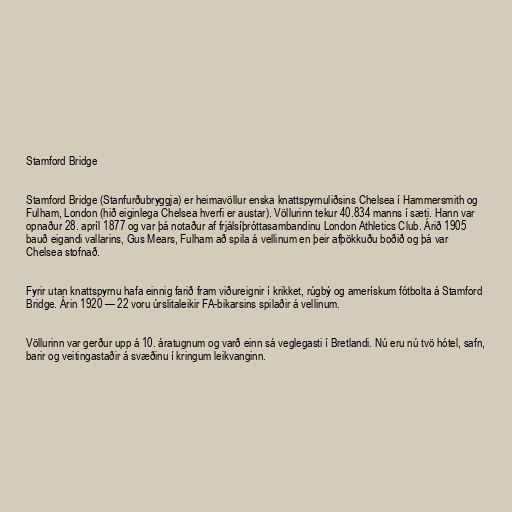
Stamford Bridge

Stamford Bridge (Stanfurðubryggja) er heimavöllur enska knattspyrnuliðsins Chelsea í Hammersmith og
Fulham, London (hið eiginlega Chelsea hverfi er austar). Völlurinn tekur 40.834 manns í sæti. Hann var
opnaður 28. apríl 1877 og var þá notaður af frjálsíþróttasambandinu London Athletics Club. Árið 1905
bauð eigandi vallarins, Gus Mears, Fulham að spila á vellinum en þeir afþökkuðu boðið og þá var
Chelsea stofnað.

Fyrir utan knattspyrnu hafa einnig farið fram viðureignir í krikket, rúgbý og amerískum fótbolta á Stamford
Bridge. Árin 1920 — 22 voru úrslitaleikir FA-bikarsins spilaðir á vellinum.

Völlurinn var gerður upp á 10. áratugnum og varð einn sá veglegasti í Bretlandi. Nú eru nú tvö hótel, safn,
barir og veitingastaðir á svæðinu í kringum leikvanginn.